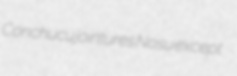
Conchucu jointures Nosu except